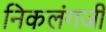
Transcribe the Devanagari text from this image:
निकलंगजी